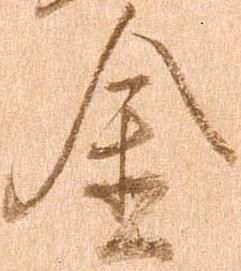
金